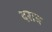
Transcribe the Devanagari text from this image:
दराब